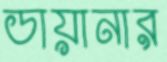
ডায়ানার